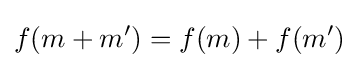
f(m+m')=f(m)+f(m')